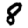
Digit: 8